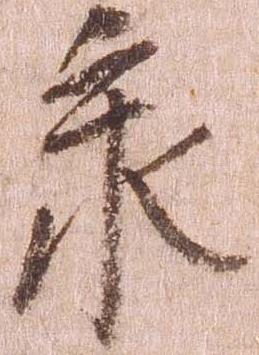
承